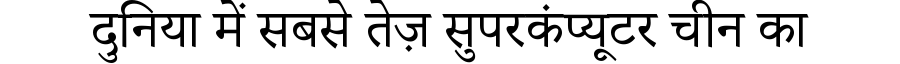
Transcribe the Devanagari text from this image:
दुनिया में सबसे तेज़ सुपरकंप्यूटर चीन का